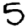
Digit: 5